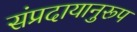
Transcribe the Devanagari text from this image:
संप्रदायानुरूप